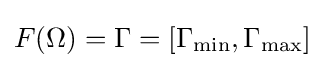
F(\Omega )=\Gamma =[\Gamma _{\min },\Gamma _{\max }]